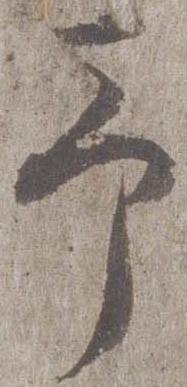
予